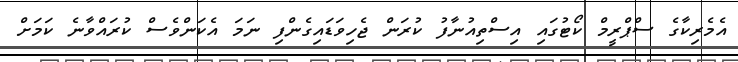
އެމެރިކާގެ ސްޕްރީމް ކޯޓުގައި އިސްތިއުނާފު ކުރަން ޖެހިވަޑައިގެންފި ނަމަ އެކަންވެސް ކުރައްވާނެ ކަމަށް